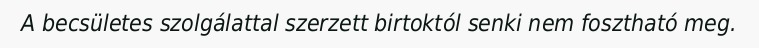
A becsületes szolgálattal szerzett birtoktól senki nem fosztható meg.